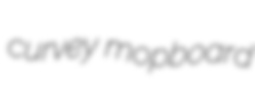
curvey mopboard